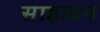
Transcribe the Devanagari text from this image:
साइव्यन